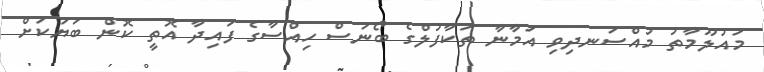
މައުލޫމާތު މުއްސަނދިވި އަމާނާ ތަކާފުލްގެ ބޯނަސް ހިއްސާގެ ފައިދާ އޮތީ ކޮން ބަޔަކަށް